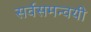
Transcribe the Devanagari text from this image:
सर्वसमन्‍वयी